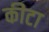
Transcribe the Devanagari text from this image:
कीटा